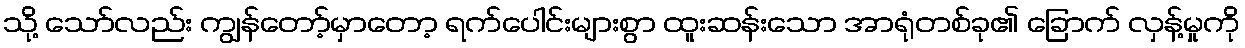
သို့ သော်လည်း ကျွန်တော့်မှာတော့ ရက်ပေါင်းများစွာ ထူးဆန်းသော အာရုံတစ်ခု၏ ခြောက် လှန့်မှုကို